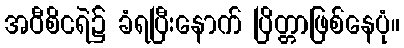
အဝီစိငရဲ၌ ခံရပြီးနောက် ပြိတ္တာဖြစ်နေပုံ။